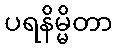
ပရနိမ္မိတာ